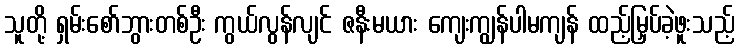
သူတို့ ရှမ်းစော်ဘွားတစ်ဦး ကွယ်လွန်လျင် ဇနီးမယား ကျေးကျွန်ပါမကျန် ထည့်မြှပ်ခဲ့ဖူးသည့်